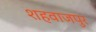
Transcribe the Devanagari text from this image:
शहवाजपुर